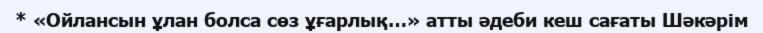
* «Ойлансын ұлан болса сөз ұғарлық…» атты әдеби кеш сағаты Шәкәрім